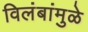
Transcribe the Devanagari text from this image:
विलंबांमुळे